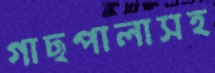
গাছপালাসহ